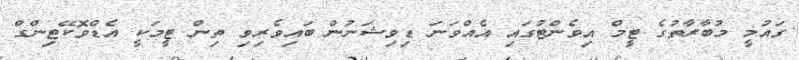
ގައުމީ މުބާރާތުގެ ޓީމް އިވެންޓުގައި އެއްވަނަ ޑިވިޝަނުން ބައިވެރިވި ތިން ޓީމަކީ އެޑްވޮކޭޓިންގް